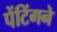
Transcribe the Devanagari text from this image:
पेंटिंगने